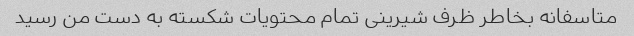
متاسفانه بخاطر ظرف شیرینی تمام محتویات شکسته به دست من رسید